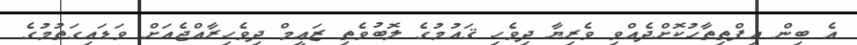
އެ ބިން އިފްތިތާޙުކޮށްދެއްވި ވެރިޔާ ދިވެހި ޤައުމުގެ ލޮބުވެތި ޒަޢީމް ދިވެހިރާއްޖެއަށް ވަޑައިގަތުމުގެ